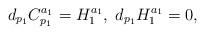
LaTeX: \begin{align*}d_{p_1} C^{a_1}_{p_1} = H_1^{a_1}, \; d_{p_1}H_1^{a_1} = 0,\end{align*}